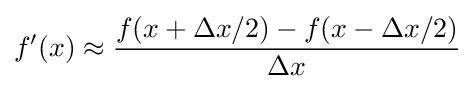
f'(x)\approx {\frac {f(x+\Delta x/2)-f(x-\Delta x/2)}{\Delta x}}